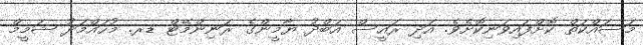
މަސައްކަތް ކޮށްފައިވަނިކޮށެވެ. އަދި ރައީސް އަބްދު ޔާމީންގެ ރަނިންމޭޓް ޑރ. މުހައްމަދު ޝަމީމް